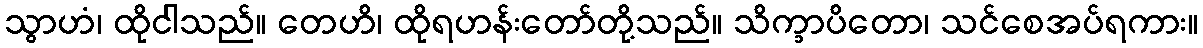
သွာဟံ၊ ထိုငါသည်။ တေဟိ၊ ထိုရဟန်းတော်တို့သည်။ သိက္ခာပိတော၊ သင်စေအပ်ရကား။